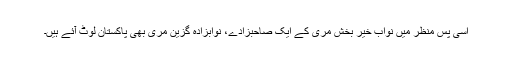
اسی پس منظر میں نواب خیر بخش مری کے ایک صاحبزادے، نوابزادہ گزین مری بھی پاکستان لوٹ آئے ہیں۔